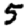
Digit: 5